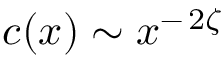
c ( x ) \sim x ^ { - \, 2 \zeta }